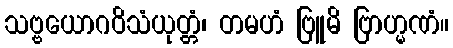
သဗ္ဗယောဂဝိသံယုတ္တံ၊ တမဟံ ဗြူမိ ဗြာဟ္မဏံ။